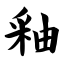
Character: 釉